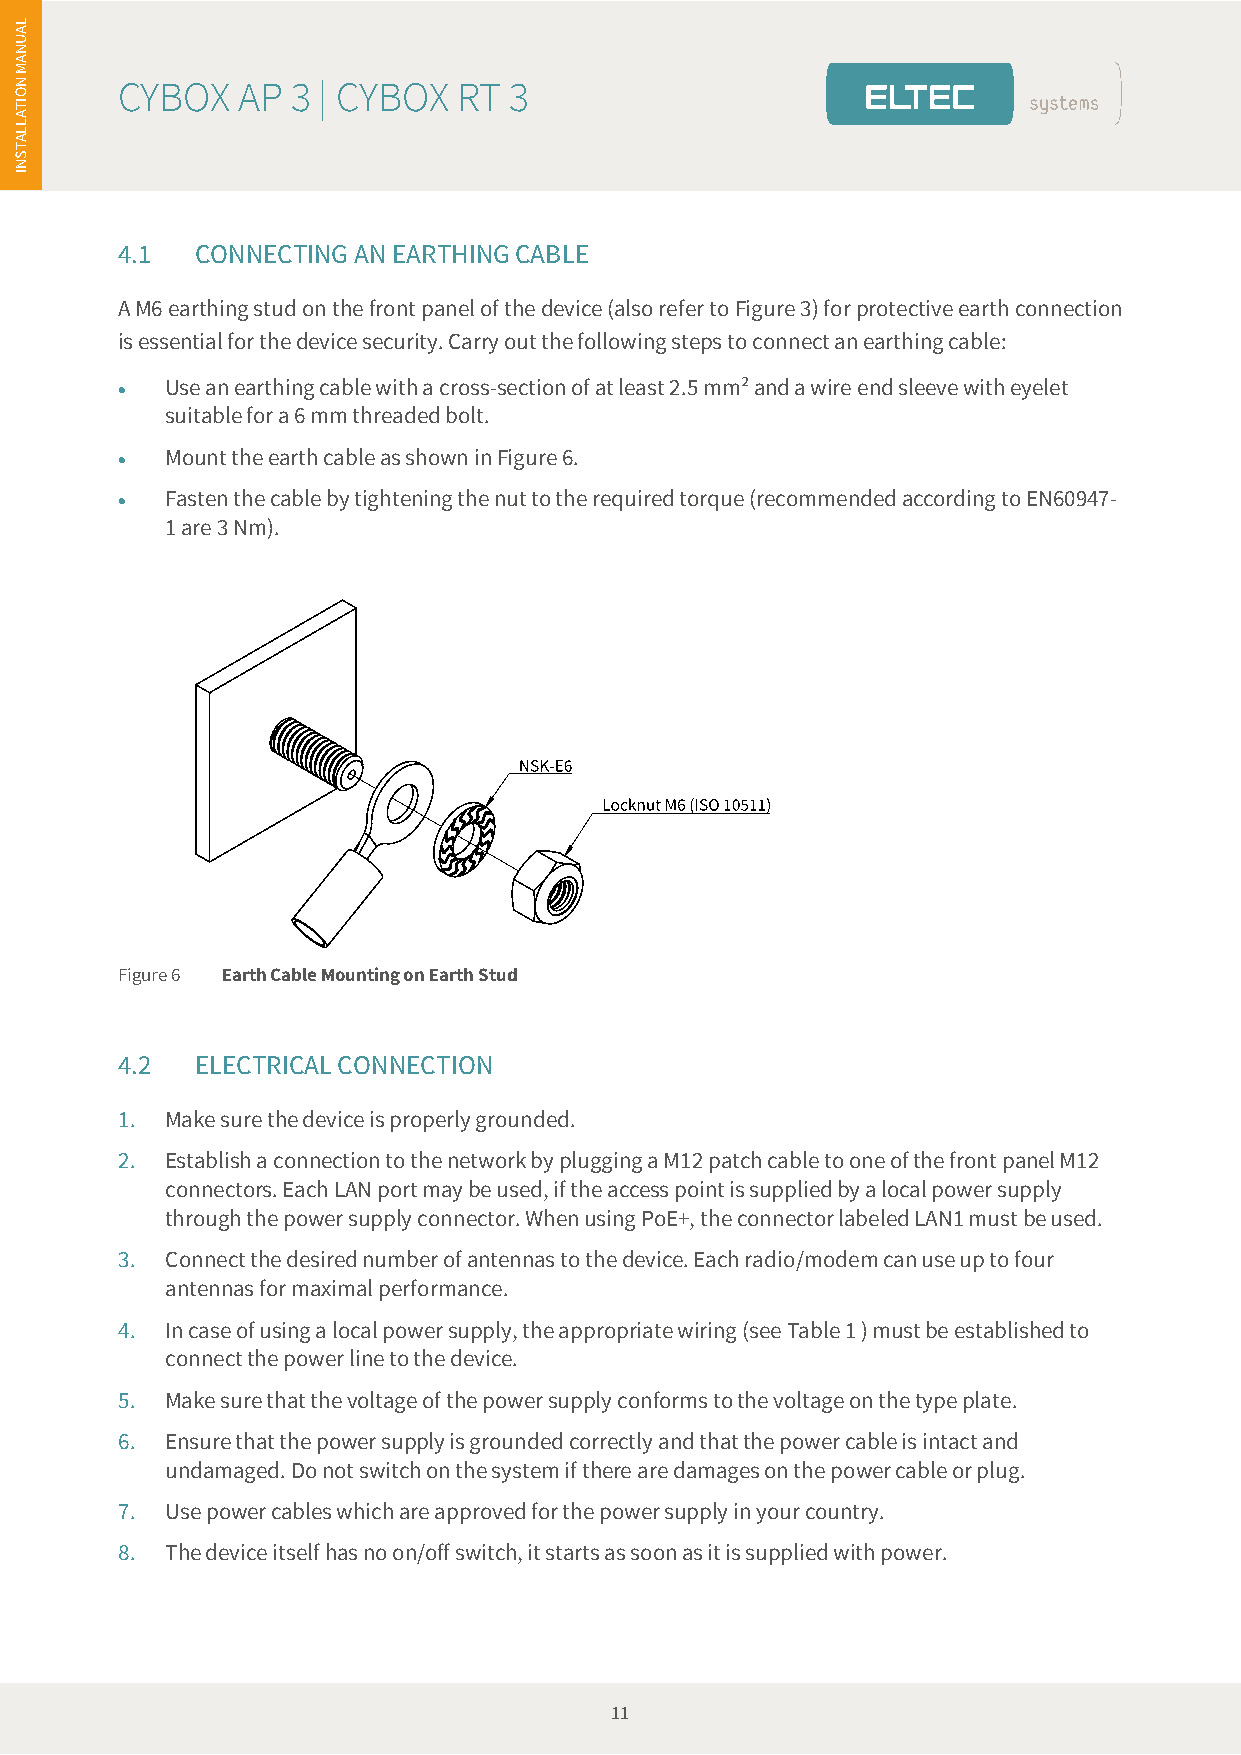
es
 L
 A
 U
 N
 A
 N
 M
 CYBOX   AP 3 | CYBOX  RT  3
 O
 TI
 A
 L
 L
 A
 T
 S
 N
 I
 4.1  CONNECTING AN EARTHING CABLE
 A M6 earthing stud on the front panel of the device (also refer to Figure 3) for protective earth connection
 is essential for the device security. Carry out the following steps to connect an earthing cable:
   Use an earthing cable with a cross-section of at least 2.5 mm² and a wire end sleeve with eyelet
 suitable for a 6 mm threaded bolt.
   Mount the earth cable as shown in Figure 6.
   Fasten the cable by tightening the nut to the required torque (recommended according to EN60947-
 1 are 3 Nm).
 Figure 6 Earth Cable Mounting on Earth Stud
 4.2  ELECTRICAL CONNECTION
 1. Make sure the device is properly grounded.
 2. Establish a connection to the network by plugging a M12 patch cable to one of the front panel M12
 connectors. Each LAN port may be used, if the access point is supplied by a local power supply
 through the power supply connector. When using PoE+, the connector labeled LAN1 must be used.
 3. Connect the desired number of antennas to the device. Each radio/modem can use up to four
 antennas for maximal performance.
 4. In case of using a local power supply, the appropriate wiring (see Table 1 ) must be established to
 connect the power line to the device.
 5. Make sure that the voltage of the power supply conforms to the voltage on the type plate.
 6. Ensure that the power supply is grounded correctly and that the power cable is intact and
 undamaged. Do not switch on the system if there are damages on the power cable or plug.
 7. Use power cables which are approved for the power supply in your country.
 8. The device itself has no on/off switch, it starts as soon as it is supplied with power.
 11